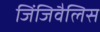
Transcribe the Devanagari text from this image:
जिंजिवैलिस